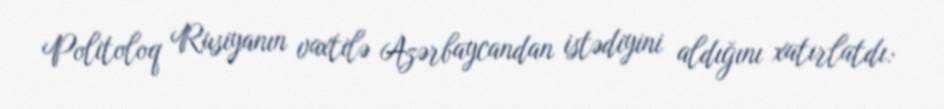
Politoloq Rusiyanın vaxtilə Azərbaycandan istədiyini aldığını xatırlatdı: